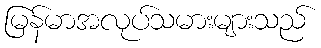
မြန်မာအလုပ်သမားများသည်